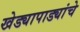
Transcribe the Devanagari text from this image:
खेड्यापाड्यांचे